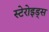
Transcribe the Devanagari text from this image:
स्टेरोइड्स